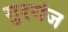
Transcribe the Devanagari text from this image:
गुरगंज